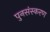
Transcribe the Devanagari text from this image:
पुनसंस्करण